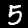
Label: 5